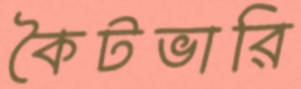
কৈটভারি